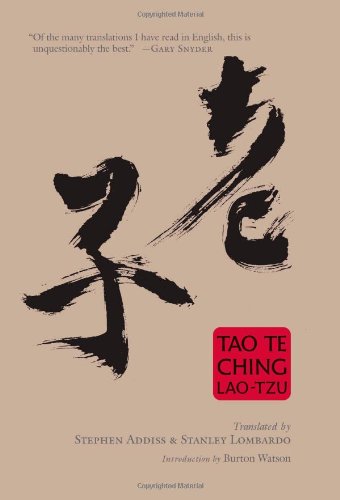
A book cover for Tao Te Ching; Lao Tzu; Religion & Spirituality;